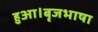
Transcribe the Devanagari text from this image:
हुआ।बृजभाषा